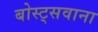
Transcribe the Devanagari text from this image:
बोस्ट्सवाना